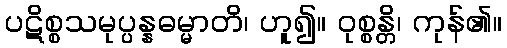
ပဋိစ္စသမုပ္ပန္နဓမ္မာတိ၊ ဟူ၍။ ဝုစ္စန္တိ၊ ကုန်၏။